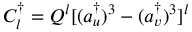
C _ { l } ^ { \dagger } = Q ^ { l } [ ( a _ { u } ^ { \dagger } ) ^ { 3 } - ( a _ { v } ^ { \dagger } ) ^ { 3 } ] ^ { l }